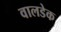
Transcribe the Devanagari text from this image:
वालडेक